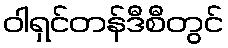
ဝါရှင်တန်ဒီစီတွင်